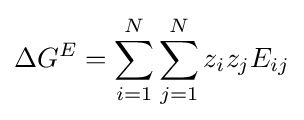
\Delta G^{E}=\sum _{i=1}^{N}\sum _{j=1}^{N}z_{i}z_{j}E_{ij}